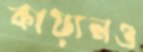
কায়ানও